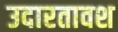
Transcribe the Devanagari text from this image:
उदारतावश